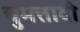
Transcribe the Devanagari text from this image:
चुमत्तादी